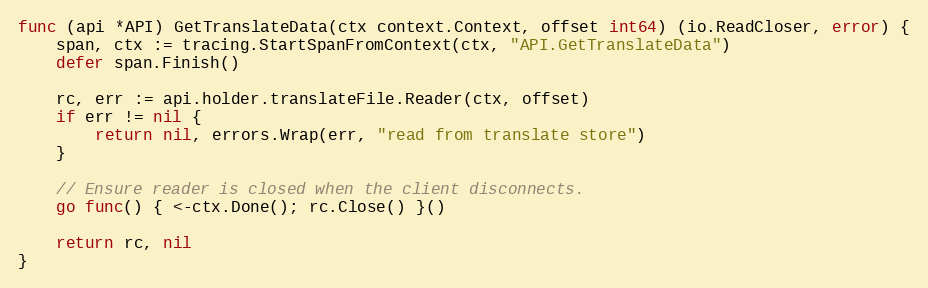
Language: Go
func (api *API) GetTranslateData(ctx context.Context, offset int64) (io.ReadCloser, error) {
	span, ctx := tracing.StartSpanFromContext(ctx, "API.GetTranslateData")
	defer span.Finish()

	rc, err := api.holder.translateFile.Reader(ctx, offset)
	if err != nil {
		return nil, errors.Wrap(err, "read from translate store")
	}

	// Ensure reader is closed when the client disconnects.
	go func() { <-ctx.Done(); rc.Close() }()

	return rc, nil
}